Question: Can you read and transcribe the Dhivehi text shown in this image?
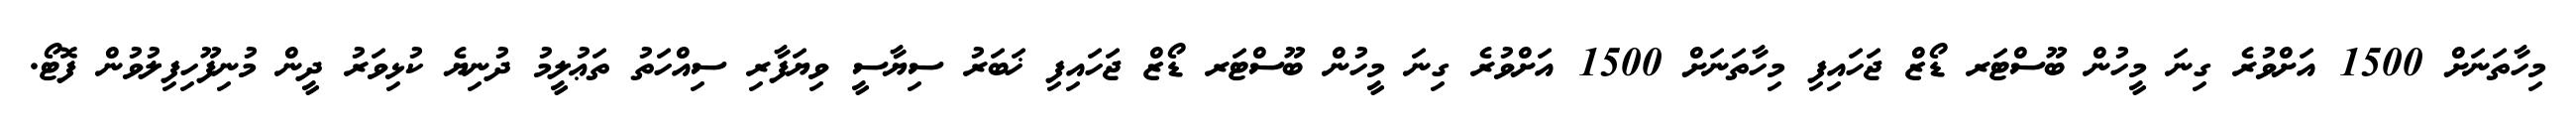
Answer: މިހާތަނަށް 1500 އަށްވުރެ ގިނަ މީހުން ބޫސްޓަރ ޑޯޒް ޖަހައިފި މިހާތަނަށް 1500 އަށްވުރެ ގިނަ މީހުން ބޫސްޓަރ ޑޯޒް ޖަހައިފި ޚަބަރު ސިޔާސީ ވިޔަފާރި ސިއްހަތު ތަޢުލީމު ދުނިޔެ ކުޅިވަރު ދީން މުނިފޫހިފިލުވުން ފޮޓޯ.